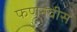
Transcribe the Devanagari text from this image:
फणनवीस